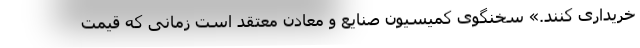
خریداری کنند.» سخنگوی کمیسیون صنایع و معادن معتقد است زمانی که قیمت